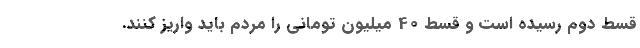
قسط دوم رسیده است و قسط 40 میلیون تومانی را مردم باید واریز کنند.